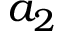
a _ { 2 }